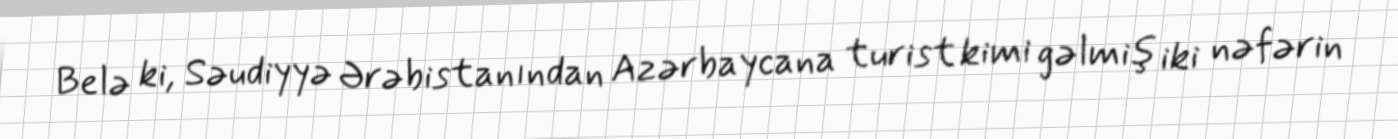
Belə ki, Səudiyyə Ərəbistanından Azərbaycana turist kimi gəlmiş iki nəfərin